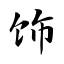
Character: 饰